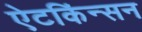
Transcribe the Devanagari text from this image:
ऐटकिंन्सन